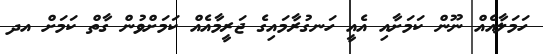
ހަމަލާއެއް ނޫން ކަމަށާއި އެއީ ހަނގުރާމައިގެ ޖަރީމާއެއް ކަމަށްވުން ގާތް ކަމަށް އދ